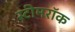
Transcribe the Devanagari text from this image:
स्टीमरॉक